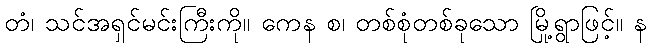
တံ၊ သင်အရှင်မင်းကြီးကို။ ကေန စ၊ တစ်စုံတစ်ခုသော မြို့ရွာဖြင့်။ န